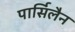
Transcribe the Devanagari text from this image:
पार्सिलैन